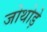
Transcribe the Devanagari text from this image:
जोथोड़े